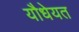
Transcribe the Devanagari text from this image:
यौधेयत